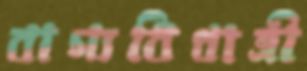
বাগ্যবিধাত্রী